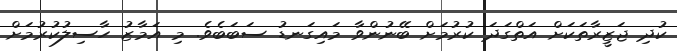
ކުދި ޖަޒީރާތަކަށް އަތްގަދަ ކުރުމަށް ބޭނުންވާ މައިގަނޑު ސަބަބެވެ. މި އަމާޒު ހާސިލުކުރުމަށް